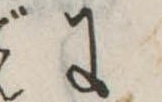
に